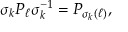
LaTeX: \sigma _ { k } P _ { \ell } \sigma _ { k } ^ { - 1 } = P _ { \sigma _ { k } ( \ell ) } ,